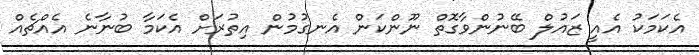
އެކަމަކު އެއީ ޒައުލް ބޭނުންވާގޮތް ނޫންކަން އެނގުމުން އިތުރަށް އެކަމާ ބުނާނެ އެއްޗެއް